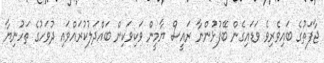
ޖާފަތުގެ ބައިވެރިވެ ވަޑައިގެން ބޭފުޅުންނާ ރައީސް ޔާމީން ވަކިވަކިން ބައްދަލުކުރައްވައި ދުވަހުގެ ތަހުނިޔާ